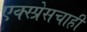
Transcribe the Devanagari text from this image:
एक्स्प्रेसचाही